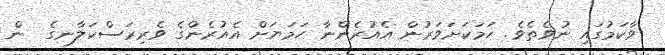
ވާކަމުގައި ނުވެތެވެ. ހަމަކަށަވަރުން އެއުރެންނާ ހަމަޔަށް އެއުރެންގެ ވެރިރަސްކަލާނގެ  ން